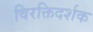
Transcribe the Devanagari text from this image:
विरक्तिदर्शक